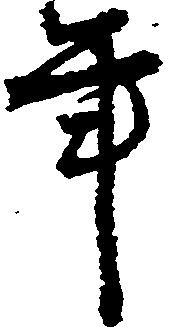
年